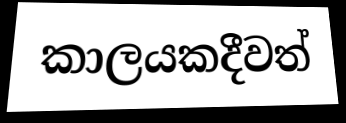
කාලයකදීවත්